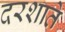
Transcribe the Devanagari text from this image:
दरशाते